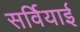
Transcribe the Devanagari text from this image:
सर्वियाई